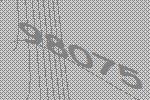
98075